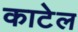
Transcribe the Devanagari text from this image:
काटेल